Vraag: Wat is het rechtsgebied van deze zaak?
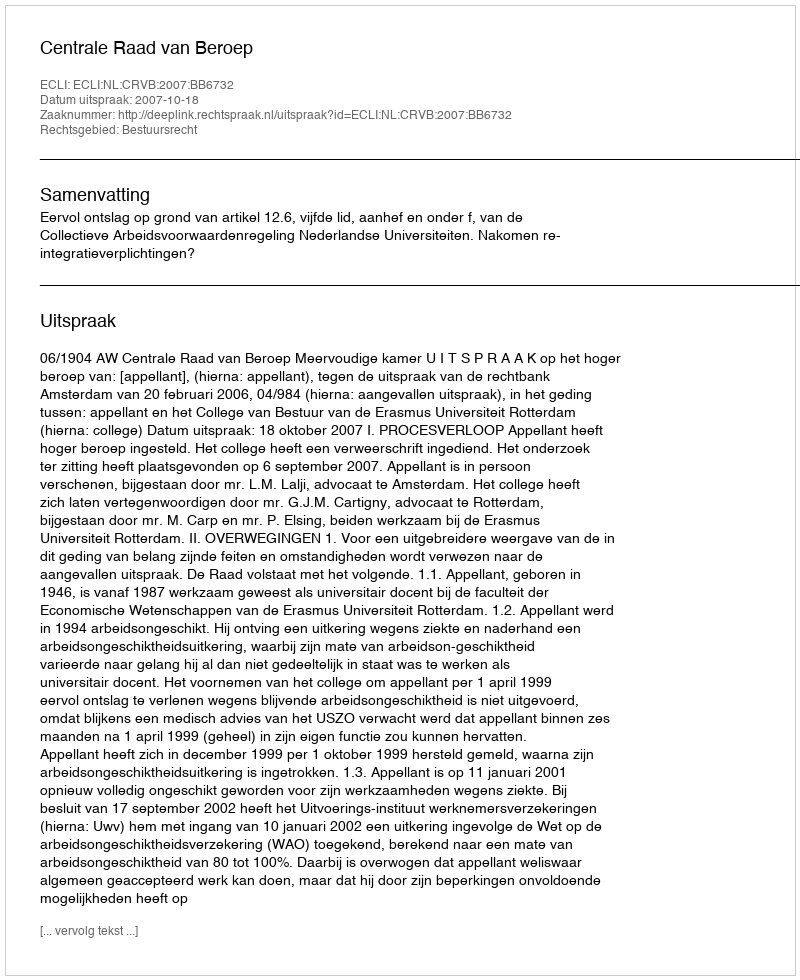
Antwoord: Bestuursrecht